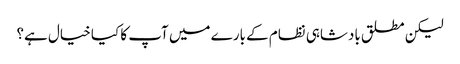
لیکن مطلق بادشاہی نظام کے بارے میں آپ کا کیا خیال ہے؟